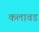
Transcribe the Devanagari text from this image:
कलावड